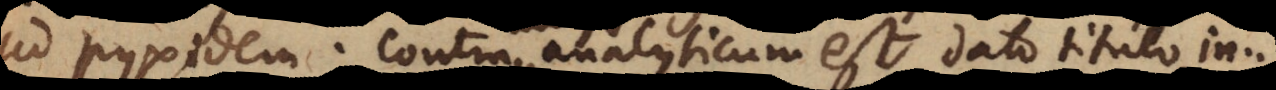
ad pyxidem. Contra analyticum est dato titulo